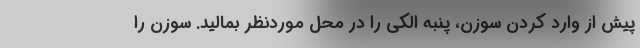
پیش از وارد کردن سوزن، پنبه الکی را در محل موردنظر بمالید. سوزن را